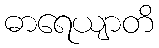
ဓာရေယျာတိ